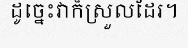
ដូច្នេះវាក៏ស្រួលដែរ។